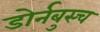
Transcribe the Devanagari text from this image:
डोर्नबुस्च